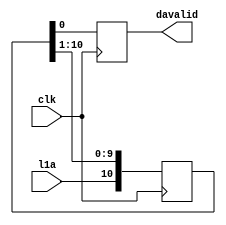
// This  Verilog HDL  source  file was  automatically generated
// by C++ model based on VPP library. Modification of this file
// is possible, but if you want to keep it in sync with the C++
// model,  please  modify  the model and re-generate this file.
// VPP library web-page: http://www.phys.ufl.edu/~madorsky/vpp/

// Timestamp : Mon Apr 25 18:06:17 2022

module davgen
(
    l1a,
    davalid,
    clk
);

    input l1a;
    output davalid;
    reg    davalid;
    input clk;

    reg [10:0] l1a_sh;
    always @(posedge clk) 
    begin
        davalid = l1a_sh[0];
        l1a_sh = {l1a, l1a_sh[10:1]};
    end
endmodule